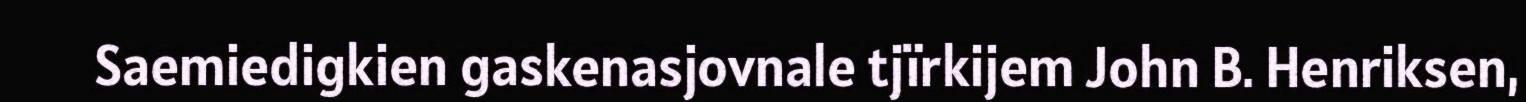
Saemiedigkien gaskenasjovnale tjïrkijem John B. Henriksen,